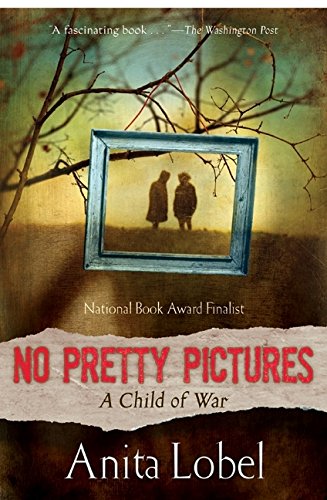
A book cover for No Pretty Pictures: A Child of War; Anita Lobel; Children's Books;